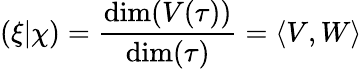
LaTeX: (\xi|\chi)={\frac{\dim(V(\tau))}{\dim(\tau)}}=\langle V,W\rangle